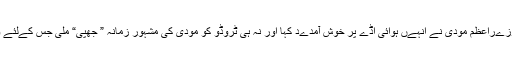
نہ تو بھارتی وزےراعظم مودی نے انہےں ہوائی اڈے پر خوش آمدےد کہا اور نہ ہی ٹروڈو کو مودی کی مشہور زمانہ ” جھپی“ ملی جس کےلئے وہ مقبول ہےں۔